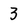
Character: 3